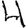
Digit: 4